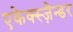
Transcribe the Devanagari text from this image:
एकेक्स्ज़ैन्डर